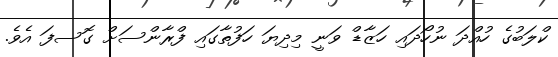
ކްލަބުގެ ހުއްދަ ނުހޯދައި ހަޒާޑް ވަނީ މިދިޔަ ހަފުތާގައި ފްރާންސަށް ގޮސފަ އެވެ.